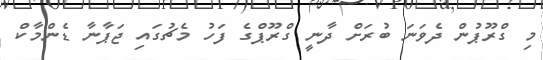
މި ގްރޫޕުން ދެވަނަ ބުރަށް ދާނީ ގްރޫޕްގެ ފަހު މެޗުގައި ޖަޕާނާ ޑެންމާކް